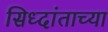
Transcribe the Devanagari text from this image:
सिध्दांताच्या